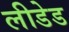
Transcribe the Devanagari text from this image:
लीडेड